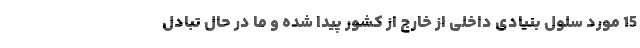
15 مورد سلول بنیادی داخلی از خارج از كشور پیدا شده و ما در حال تبادل